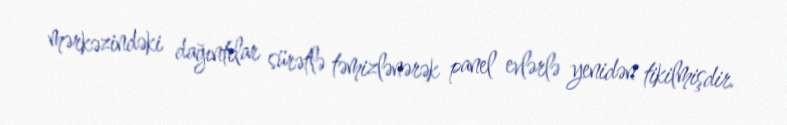
mərkəzindəki dağıntılar sürətlə təmizlənərək panel evlərlə yenidən tikilmişdir.